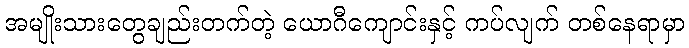
အမျိုးသားတွေချည်းတက်တဲ့ ယောဂီကျောင်းနှင့် ကပ်လျက် တစ်နေရာမှာ